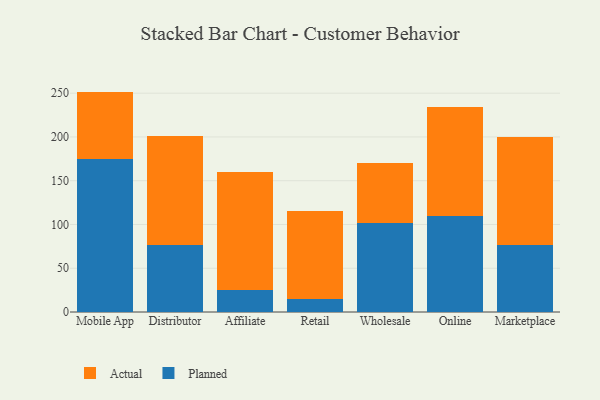
{"axis": {"x": "Channel", "y": "Tickets Resolved"}, "legend": ["Actual", "Planned"], "data": [{"x": "Mobile App", "y": 174.9, "type": "Planned"}, {"x": "Mobile App", "y": 76.9, "type": "Actual"}, {"x": "Distributor", "y": 76.8, "type": "Planned"}, {"x": "Distributor", "y": 124.8, "type": "Actual"}, {"x": "Affiliate", "y": 25.5, "type": "Planned"}, {"x": "Affiliate", "y": 134.5, "type": "Actual"}, {"x": "Retail", "y": 15.4, "type": "Planned"}, {"x": "Retail", "y": 100.0, "type": "Actual"}, {"x": "Wholesale", "y": 102.0, "type": "Planned"}, {"x": "Wholesale", "y": 68.8, "type": "Actual"}, {"x": "Online", "y": 110.2, "type": "Planned"}, {"x": "Online", "y": 123.7, "type": "Actual"}, {"x": "Marketplace", "y": 77.1, "type": "Planned"}, {"x": "Marketplace", "y": 122.6, "type": "Actual"}]}